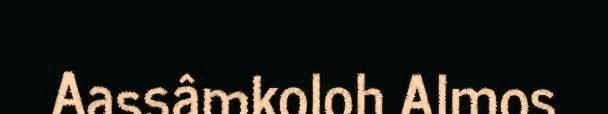
Aassâmkoloh Almos